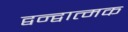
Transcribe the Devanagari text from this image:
द्वन्द्वात्मक